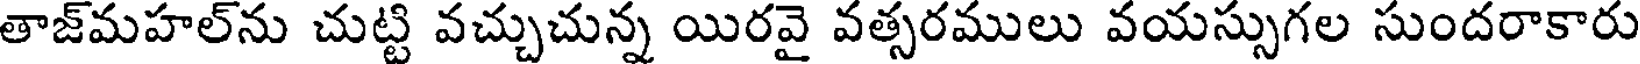
తాజ్మహల్ను చుట్టి వచ్చుచున్న యిరవై వత్సరములు వయస్సుగల సుందరాకారు